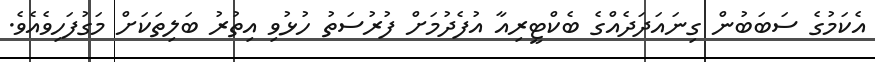
އެކަމުގެ ސަބަބުން ގިނައަދަދެއްގެ ބެކްޓީރިއާ އުފެދުމަށް ފުރުސަތު ހުޅުވި އިތުރު ބަލިތަކަށް މަގުފަހިވެއެވެ.